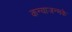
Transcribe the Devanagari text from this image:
कन्याजन्मके